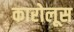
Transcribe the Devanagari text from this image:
कारोलूस